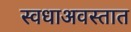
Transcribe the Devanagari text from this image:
स्वधाअवस्तात